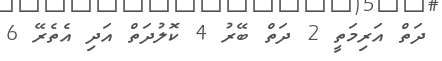
ދަތް އަރިމަތީ 2 ދަތް ބޭރު 4 ކޮލުދަތް އަދި އެތެރޭ 6